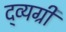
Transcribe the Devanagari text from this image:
द्व्यग्री